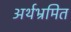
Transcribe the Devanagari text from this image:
अर्थभ्रमित